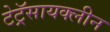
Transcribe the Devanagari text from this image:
टेट्रॅसायक्लीन